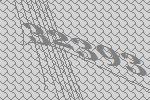
32393